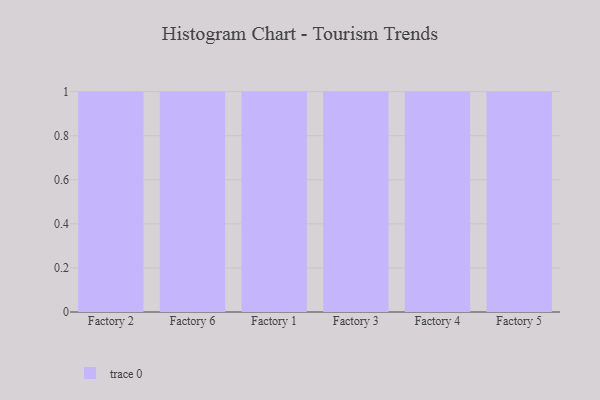
{"axis": {"x": "Factory", "y": "Humidity (%)"}, "legend": [""], "data": [{"x": "Factory 2", "y": 23, "type": ""}, {"x": "Factory 6", "y": 45, "type": ""}, {"x": "Factory 1", "y": 14, "type": ""}, {"x": "Factory 3", "y": 67, "type": ""}, {"x": "Factory 4", "y": 71, "type": ""}, {"x": "Factory 5", "y": 49, "type": ""}]}